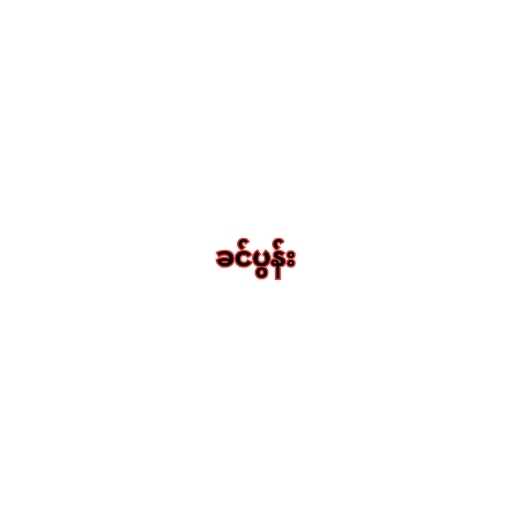
ခင်ပွန်း